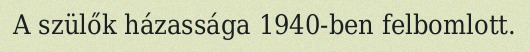
A szülők házassága 1940-ben felbomlott.